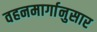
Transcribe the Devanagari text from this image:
वहनमार्गानुसार